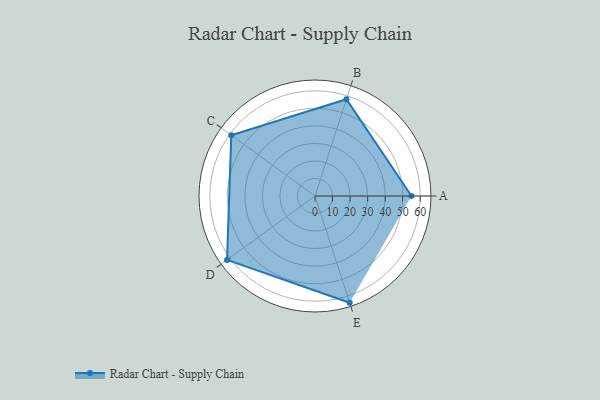
{"axis": {"x": "Skill", "y": "Score"}, "legend": ["Profile"], "data": [{"x": "A", "y": 55.0, "type": "Profile"}, {"x": "B", "y": 58.0, "type": "Profile"}, {"x": "C", "y": 59.0, "type": "Profile"}, {"x": "D", "y": 62.0, "type": "Profile"}, {"x": "E", "y": 64.0, "type": "Profile"}]}